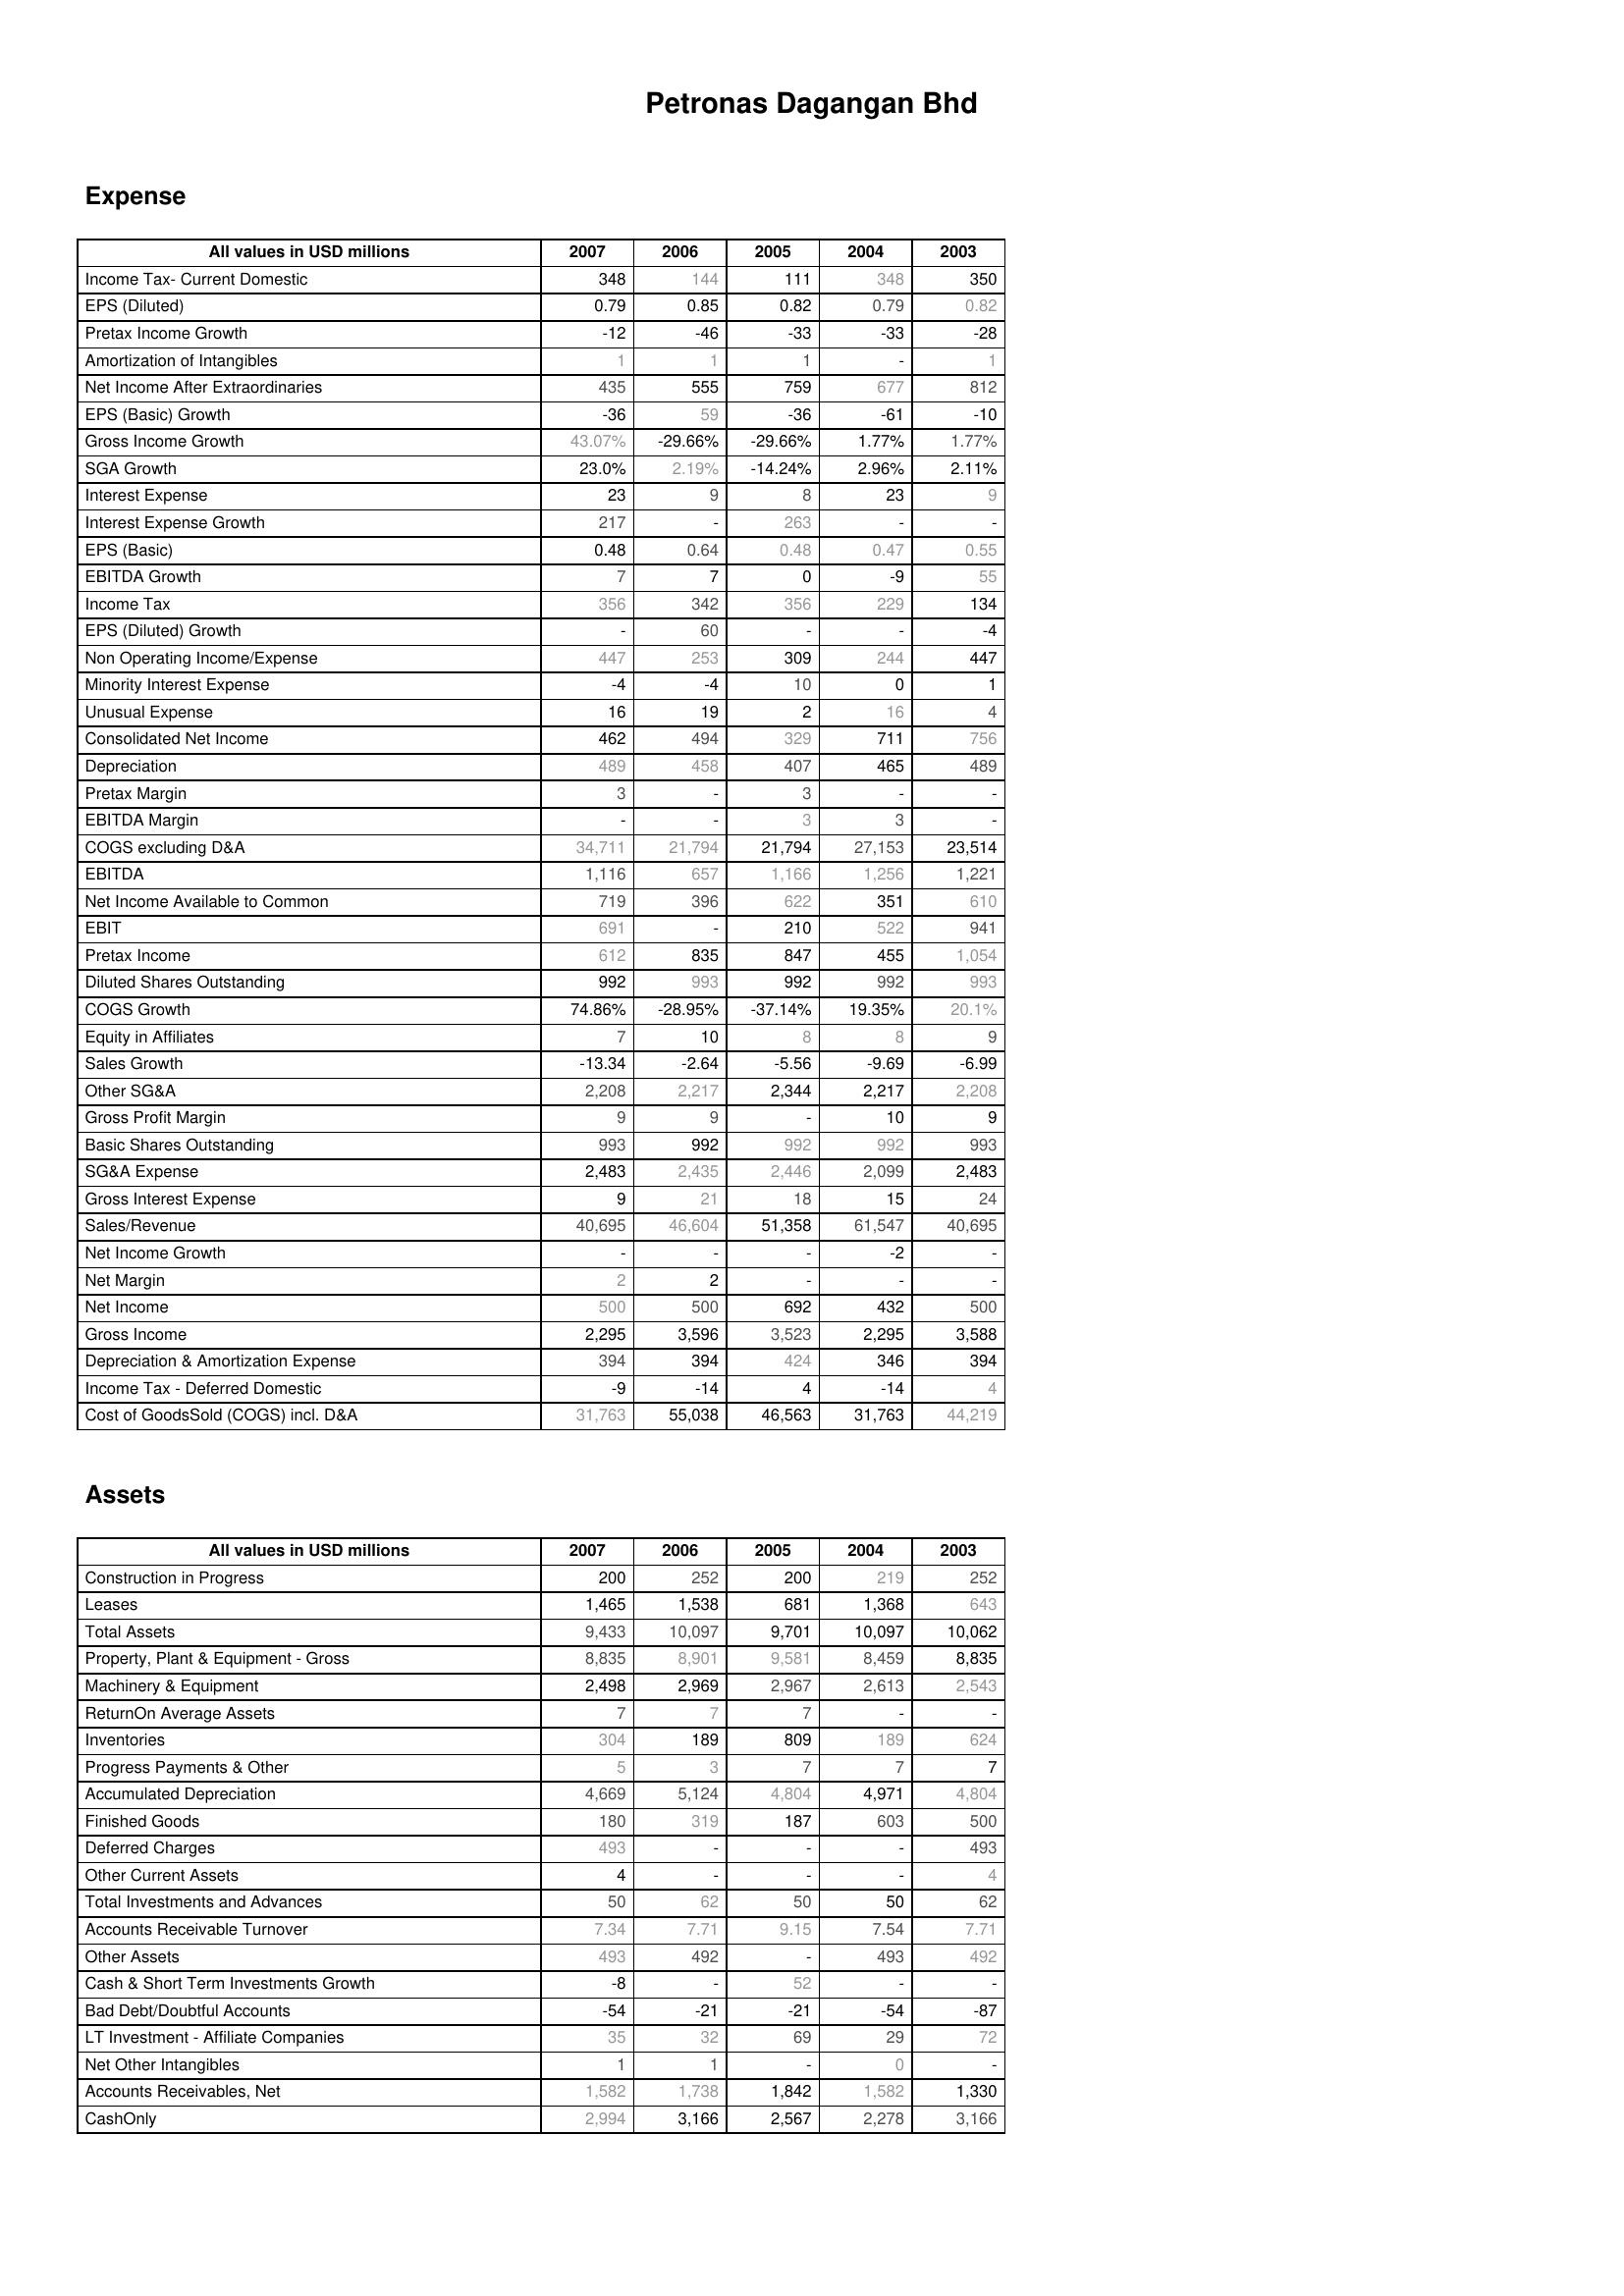
2007: Expense: Income Tax- Current Domestic: 348
EPS (Diluted): 0.79
Pretax Income Growth: -12
Amortization of Intangibles: 1
Net Income After Extraordinaries: 435
EPS (Basic) Growth: -36
Gross Income Growth: 43.07%
SGA Growth: 23.0%
Interest Expense: 23
Interest Expense Growth: 217
EPS (Basic): 0.48
EBITDA Growth: 7
Income Tax: 356
EPS (Diluted) Growth: -
Non Operating Income/Expense: 447
Minority Interest Expense: -4
Unusual Expense: 16
Consolidated Net Income: 462
Depreciation: 489
Pretax Margin: 3
EBITDA Margin: -
COGS excluding D&A: 34,711
EBITDA: 1,116
Net Income Available to Common: 719
EBIT: 691
Pretax Income: 612
Diluted Shares Outstanding: 992
COGS Growth: 74.86%
Equity in Affiliates: 7
Sales Growth: -13.34
Other SG&A: 2,208
Gross Profit Margin: 9
Basic Shares Outstanding: 993
SG&A Expense: 2,483
Gross Interest Expense: 9
Sales/Revenue: 40,695
Net Income Growth: -
Net Margin: 2
Net Income: 500
Gross Income: 2,295
Depreciation & Amortization Expense: 394
Income Tax - Deferred Domestic: -9
Cost of GoodsSold (COGS) incl. D&A: 31,763
Assets: Construction in Progress: 200
Leases: 1,465
Total Assets: 9,433
Property, Plant & Equipment - Gross : 8,835
Machinery & Equipment: 2,498
ReturnOn Average Assets: 7
Inventories: 304
Progress Payments & Other: 5
Accumulated Depreciation: 4,669
Finished Goods: 180
Deferred Charges: 493
Other Current Assets: 4
Total Investments and Advances: 50
Accounts Receivable Turnover: 7.34
Other Assets: 493
Cash & Short Term Investments Growth: -8
Bad Debt/Doubtful Accounts: -54
LT Investment - Affiliate Companies: 35
Net Other Intangibles: 1
Accounts Receivables, Net: 1,582
CashOnly: 2,994
2006: Expense: Income Tax- Current Domestic: 144
EPS (Diluted): 0.85
Pretax Income Growth: -46
Amortization of Intangibles: 1
Net Income After Extraordinaries: 555
EPS (Basic) Growth: 59
Gross Income Growth: -29.66%
SGA Growth: 2.19%
Interest Expense: 9
Interest Expense Growth: -
EPS (Basic): 0.64
EBITDA Growth: 7
Income Tax: 342
EPS (Diluted) Growth: 60
Non Operating Income/Expense: 253
Minority Interest Expense: -4
Unusual Expense: 19
Consolidated Net Income: 494
Depreciation: 458
Pretax Margin: -
EBITDA Margin: -
COGS excluding D&A: 21,794
EBITDA: 657
Net Income Available to Common: 396
EBIT: -
Pretax Income: 835
Diluted Shares Outstanding: 993
COGS Growth: -28.95%
Equity in Affiliates: 10
Sales Growth: -2.64
Other SG&A: 2,217
Gross Profit Margin: 9
Basic Shares Outstanding: 992
SG&A Expense: 2,435
Gross Interest Expense: 21
Sales/Revenue: 46,604
Net Income Growth: -
Net Margin: 2
Net Income: 500
Gross Income: 3,596
Depreciation & Amortization Expense: 394
Income Tax - Deferred Domestic: -14
Cost of GoodsSold (COGS) incl. D&A: 55,038
Assets: Construction in Progress: 252
Leases: 1,538
Total Assets: 10,097
Property, Plant & Equipment - Gross : 8,901
Machinery & Equipment: 2,969
ReturnOn Average Assets: 7
Inventories: 189
Progress Payments & Other: 3
Accumulated Depreciation: 5,124
Finished Goods: 319
Deferred Charges: -
Other Current Assets: -
Total Investments and Advances: 62
Accounts Receivable Turnover: 7.71
Other Assets: 492
Cash & Short Term Investments Growth: -
Bad Debt/Doubtful Accounts: -21
LT Investment - Affiliate Companies: 32
Net Other Intangibles: 1
Accounts Receivables, Net: 1,738
CashOnly: 3,166
2005: Expense: Income Tax- Current Domestic: 111
EPS (Diluted): 0.82
Pretax Income Growth: -33
Amortization of Intangibles: 1
Net Income After Extraordinaries: 759
EPS (Basic) Growth: -36
Gross Income Growth: -29.66%
SGA Growth: -14.24%
Interest Expense: 8
Interest Expense Growth: 263
EPS (Basic): 0.48
EBITDA Growth: 0
Income Tax: 356
EPS (Diluted) Growth: -
Non Operating Income/Expense: 309
Minority Interest Expense: 10
Unusual Expense: 2
Consolidated Net Income: 329
Depreciation: 407
Pretax Margin: 3
EBITDA Margin: 3
COGS excluding D&A: 21,794
EBITDA: 1,166
Net Income Available to Common: 622
EBIT: 210
Pretax Income: 847
Diluted Shares Outstanding: 992
COGS Growth: -37.14%
Equity in Affiliates: 8
Sales Growth: -5.56
Other SG&A: 2,344
Gross Profit Margin: -
Basic Shares Outstanding: 992
SG&A Expense: 2,446
Gross Interest Expense: 18
Sales/Revenue: 51,358
Net Income Growth: -
Net Margin: -
Net Income: 692
Gross Income: 3,523
Depreciation & Amortization Expense: 424
Income Tax - Deferred Domestic: 4
Cost of GoodsSold (COGS) incl. D&A: 46,563
Assets: Construction in Progress: 200
Leases: 681
Total Assets: 9,701
Property, Plant & Equipment - Gross : 9,581
Machinery & Equipment: 2,967
ReturnOn Average Assets: 7
Inventories: 809
Progress Payments & Other: 7
Accumulated Depreciation: 4,804
Finished Goods: 187
Deferred Charges: -
Other Current Assets: -
Total Investments and Advances: 50
Accounts Receivable Turnover: 9.15
Other Assets: -
Cash & Short Term Investments Growth: 52
Bad Debt/Doubtful Accounts: -21
LT Investment - Affiliate Companies: 69
Net Other Intangibles: -
Accounts Receivables, Net: 1,842
CashOnly: 2,567
2004: Expense: Income Tax- Current Domestic: 348
EPS (Diluted): 0.79
Pretax Income Growth: -33
Amortization of Intangibles: -
Net Income After Extraordinaries: 677
EPS (Basic) Growth: -61
Gross Income Growth: 1.77%
SGA Growth: 2.96%
Interest Expense: 23
Interest Expense Growth: -
EPS (Basic): 0.47
EBITDA Growth: -9
Income Tax: 229
EPS (Diluted) Growth: -
Non Operating Income/Expense: 244
Minority Interest Expense: 0
Unusual Expense: 16
Consolidated Net Income: 711
Depreciation: 465
Pretax Margin: -
EBITDA Margin: 3
COGS excluding D&A: 27,153
EBITDA: 1,256
Net Income Available to Common: 351
EBIT: 522
Pretax Income: 455
Diluted Shares Outstanding: 992
COGS Growth: 19.35%
Equity in Affiliates: 8
Sales Growth: -9.69
Other SG&A: 2,217
Gross Profit Margin: 10
Basic Shares Outstanding: 992
SG&A Expense: 2,099
Gross Interest Expense: 15
Sales/Revenue: 61,547
Net Income Growth: -2
Net Margin: -
Net Income: 432
Gross Income: 2,295
Depreciation & Amortization Expense: 346
Income Tax - Deferred Domestic: -14
Cost of GoodsSold (COGS) incl. D&A: 31,763
Assets: Construction in Progress: 219
Leases: 1,368
Total Assets: 10,097
Property, Plant & Equipment - Gross : 8,459
Machinery & Equipment: 2,613
ReturnOn Average Assets: -
Inventories: 189
Progress Payments & Other: 7
Accumulated Depreciation: 4,971
Finished Goods: 603
Deferred Charges: -
Other Current Assets: -
Total Investments and Advances: 50
Accounts Receivable Turnover: 7.54
Other Assets: 493
Cash & Short Term Investments Growth: -
Bad Debt/Doubtful Accounts: -54
LT Investment - Affiliate Companies: 29
Net Other Intangibles: 0
Accounts Receivables, Net: 1,582
CashOnly: 2,278
2003: Expense: Income Tax- Current Domestic: 350
EPS (Diluted): 0.82
Pretax Income Growth: -28
Amortization of Intangibles: 1
Net Income After Extraordinaries: 812
EPS (Basic) Growth: -10
Gross Income Growth: 1.77%
SGA Growth: 2.11%
Interest Expense: 9
Interest Expense Growth: -
EPS (Basic): 0.55
EBITDA Growth: 55
Income Tax: 134
EPS (Diluted) Growth: -4
Non Operating Income/Expense: 447
Minority Interest Expense: 1
Unusual Expense: 4
Consolidated Net Income: 756
Depreciation: 489
Pretax Margin: -
EBITDA Margin: -
COGS excluding D&A: 23,514
EBITDA: 1,221
Net Income Available to Common: 610
EBIT: 941
Pretax Income: 1,054
Diluted Shares Outstanding: 993
COGS Growth: 20.1%
Equity in Affiliates: 9
Sales Growth: -6.99
Other SG&A: 2,208
Gross Profit Margin: 9
Basic Shares Outstanding: 993
SG&A Expense: 2,483
Gross Interest Expense: 24
Sales/Revenue: 40,695
Net Income Growth: -
Net Margin: -
Net Income: 500
Gross Income: 3,588
Depreciation & Amortization Expense: 394
Income Tax - Deferred Domestic: 4
Cost of GoodsSold (COGS) incl. D&A: 44,219
Assets: Construction in Progress: 252
Leases: 643
Total Assets: 10,062
Property, Plant & Equipment - Gross : 8,835
Machinery & Equipment: 2,543
ReturnOn Average Assets: -
Inventories: 624
Progress Payments & Other: 7
Accumulated Depreciation: 4,804
Finished Goods: 500
Deferred Charges: 493
Other Current Assets: 4
Total Investments and Advances: 62
Accounts Receivable Turnover: 7.71
Other Assets: 492
Cash & Short Term Investments Growth: -
Bad Debt/Doubtful Accounts: -87
LT Investment - Affiliate Companies: 72
Net Other Intangibles: -
Accounts Receivables, Net: 1,330
CashOnly: 3,166